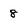
Character: 8